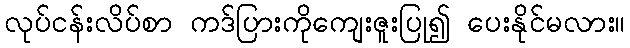
လုပ်ငန်းလိပ်စာ ကဒ်ပြားကိုကျေးဇူးပြု၍ ပေးနိုင်မလား။